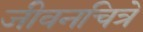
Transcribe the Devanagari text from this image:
जीवनचित्रे